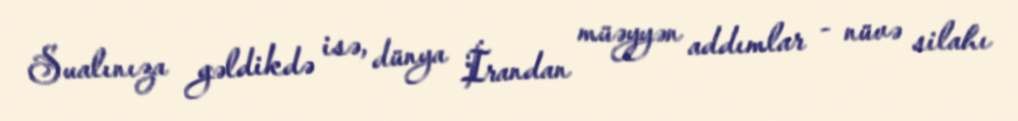
Sualınıza gəldikdə isə, dünya İrandan müəyyən addımlar - nüvə silahı